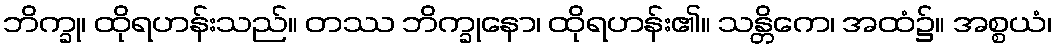
ဘိက္ခု၊ ထိုရဟန်းသည်။ တဿ ဘိက္ခုနော၊ ထိုရဟန်း၏။ သန္တိကေ၊ အထံ၌။ အစ္စယံ၊